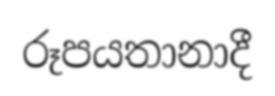
රූපයතානාදී